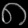
Digit: ၈